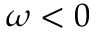
\omega < 0